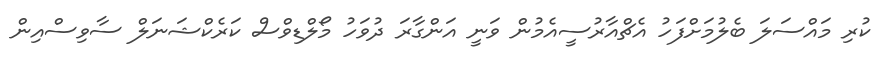
ކުރި މައްސަލަ ބެލުމަށްފަހު އެޗްއާރުސީއެމުން ވަނީ އަންގާރަ ދުވަހު މޯލްޑިވްސް ކަރެކްޝަނަލް ސާވިސްއިން